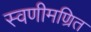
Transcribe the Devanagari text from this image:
स्वणीमण्रित